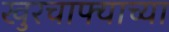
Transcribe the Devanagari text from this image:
खुरचाफ्याच्या